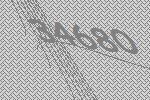
34680